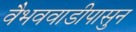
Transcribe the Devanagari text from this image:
वैभववाडीपासुन